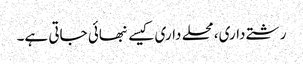
رشتے داری، محلے داری کیسے نبھائی جاتی ہے۔